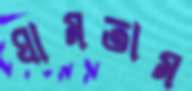
ঘামতাম